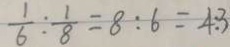
\frac { 1 } { 6 } : \frac { 1 } { 8 } = 8 : 6 = 4 : 3